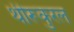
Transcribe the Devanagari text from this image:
थीरूकुरल